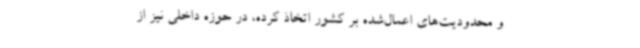
و محدودیت‌های اعمال‌شده بر کشور اتخاذ کرده، در حوزه داخلی نیز از